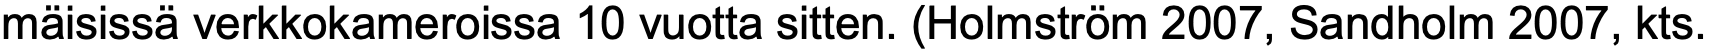
mäisissä verkkokameroissa 10 vuotta sitten. (Holmström 2007, Sandholm 2007, kts.